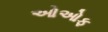
ઓઓફ